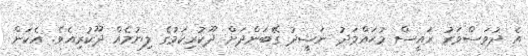
އެ ދުވަސްވަރު ރައީސް މުޙައްމަދު ނަޝީދު ގޭބަންދަށް ދޫކުރިކަމުގެ ލިޔުމެއް ދޫކުރިއެވެ. އެކަން